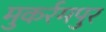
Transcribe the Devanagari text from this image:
मुकर्रमपुर